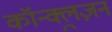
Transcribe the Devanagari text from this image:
कॉन्क्लूज़न